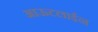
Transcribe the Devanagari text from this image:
आऊटलाईन